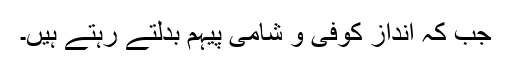
جب کہ انداز کوفی و شامی پیہم بدلتے رہتے ہیں۔